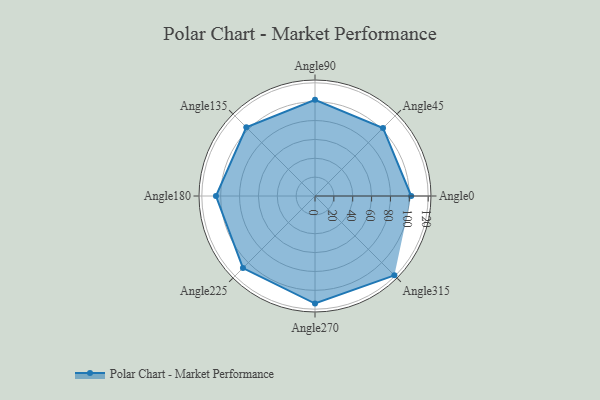
{"axis": {"x": "Angle", "y": "Radius"}, "legend": [""], "data": [{"x": "Angle0", "y": 102.0, "type": ""}, {"x": "Angle45", "y": 102.0, "type": ""}, {"x": "Angle90", "y": 102.0, "type": ""}, {"x": "Angle135", "y": 103.0, "type": ""}, {"x": "Angle180", "y": 105.0, "type": ""}, {"x": "Angle225", "y": 108.0, "type": ""}, {"x": "Angle270", "y": 114.0, "type": ""}, {"x": "Angle315", "y": 119.0, "type": ""}]}